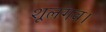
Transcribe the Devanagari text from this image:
शूलगव।